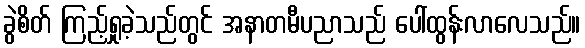
ခွဲစိတ် ကြည့်ရှုခဲ့သည်တွင် အနာတမီပညာသည် ပေါ်ထွန်းလာလေသည်။